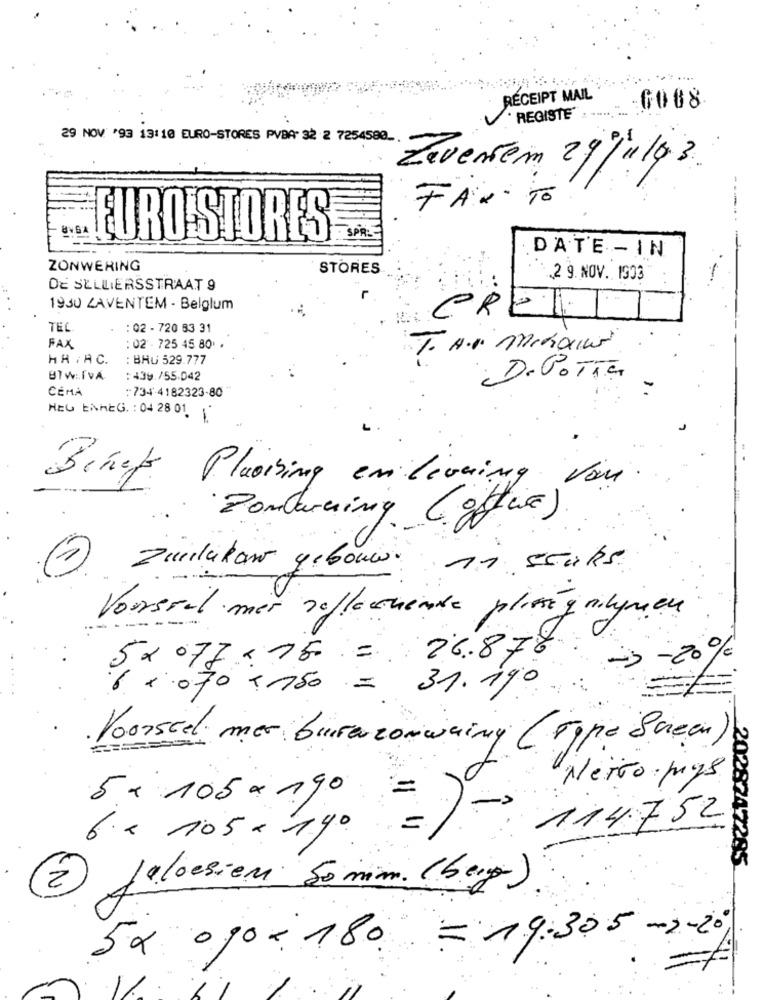
RECEIPT MAIL
GO88
REGISTE :-... .
29 NOV '93 13:10 EURO-STORES PVBA 32 2 7254580 ..
Zeventem, 29/1/93.
FAX· To
SPRE
EURO STORES
DATE - IN
ZONWERING
STORES
2 9. NOV. 1903
DE SELLIERSSTRAAT 9
1930 ZAVENTEM - Belgium
CRET
TEL
: 02 - 720 83 31
FAX
:02 - 725 45 80
HA / AC.
: BAU 529.777
BTW:IVA
:439./55.042
DePorta
CEMA
:734-4182323-80
NEU ENMEG. : 04 28 01. 1.
Binek
Placising en living Von
Ponturning (office)
Zuilekou gebouw ni scaks
Vousral mer reflecuente plingnlguen
- --
26.878.
-3-20%
5 × 07f = 75 =
31. 190
.....
1 070 T150 =
Voorstel mer burarconwainy (Type Bueen)
Netto mys
5 x 105 a.90
114752
6.x 105 - 140
2028747295
2 Jaloerien 50mm. (berg).
5x og0 - 180 = 19:305 - 2-20%